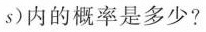
+ s )$$ 内的概率是多少?